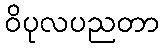
ဝိပုလပညတာ